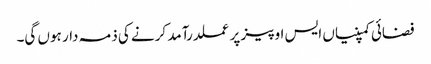
فضائی کمپنیاں ایس او پیز پر عملدرآمد کرنے کی ذمہ دار ہوں گی۔